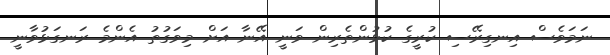
ނަމަވެސް އިނގިރޭސި ކުރީގެ ކުޅުންތެރިން ވަނީ އޭނާ އަށް މިވަގުތު އެންމެ ރަނގަޅުވާނީ